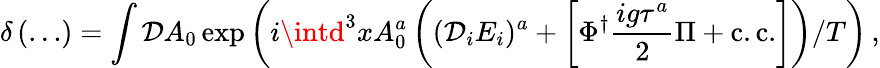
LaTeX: \delta\left(\ldots\right)=\int{\cal\mathcal{D}}A_{0}\exp\left(i\intd^{3}xA_{0}^{a}\left((\mathcal{D}_{i}E_{i})^{a}+\left[\Phi^{\dagger}\frac{{ig\tau^{a}}}{{2}}\Pi+\mathrm{{c.c.}}\right]\right)/T\right)\, ,